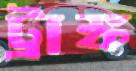
ট্রাঙ্ক